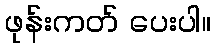
ဖုန်းကတ် ပေးပါ။